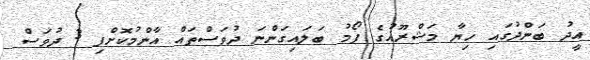
އީދު ބަންދުގައި ހިޔާ މަޝްރޫއުގެ ފޯމު ބަލައިގަންނަ ދުވަސްތައް އާންމުކޮށްފި 3 ދުވަސް